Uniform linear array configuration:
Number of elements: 48
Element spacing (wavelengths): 0.25
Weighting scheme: exponential
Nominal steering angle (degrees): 15
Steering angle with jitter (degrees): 14.563
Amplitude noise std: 0.05
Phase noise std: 0.05

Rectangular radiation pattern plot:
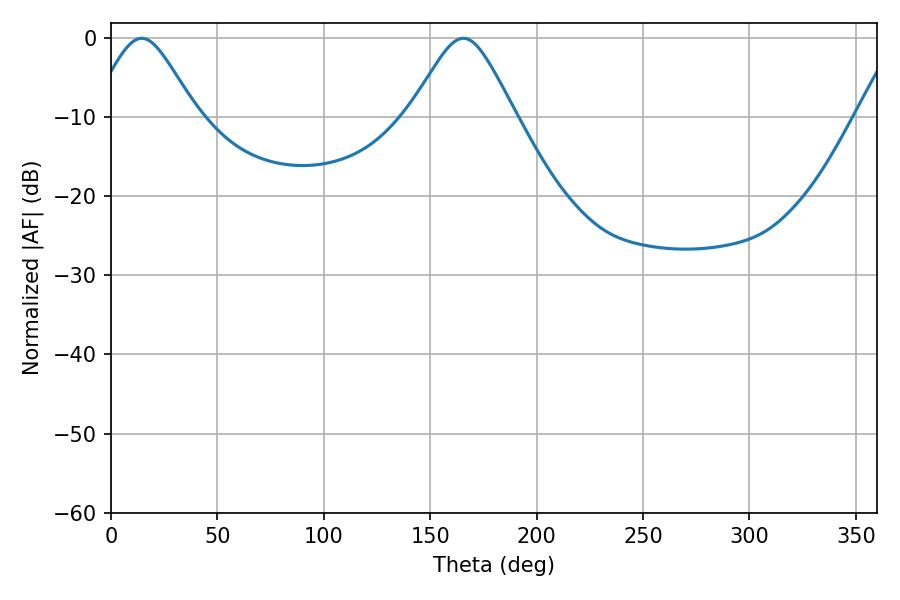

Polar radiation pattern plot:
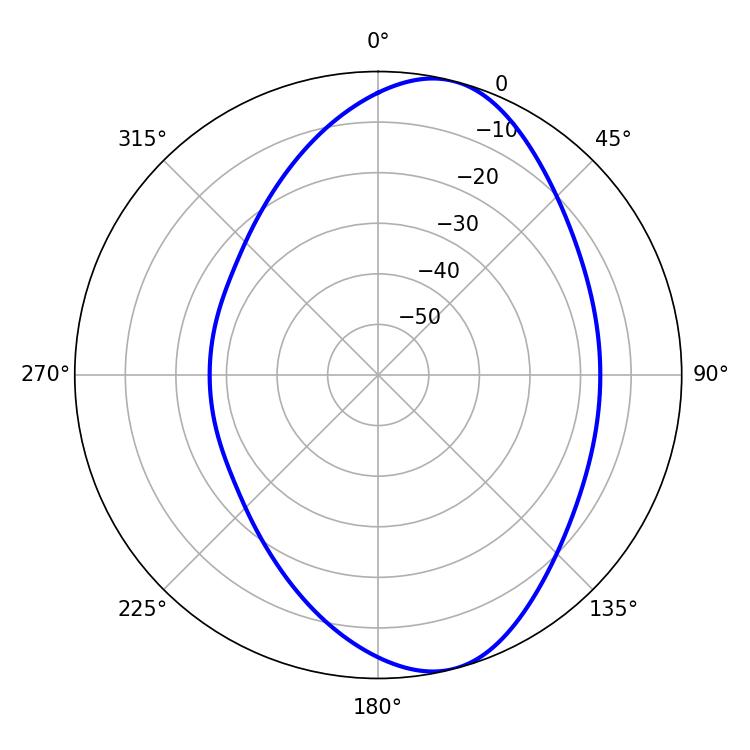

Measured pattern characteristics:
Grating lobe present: FALSE
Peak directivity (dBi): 8.432
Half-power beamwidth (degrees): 23.94
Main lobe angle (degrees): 14.4